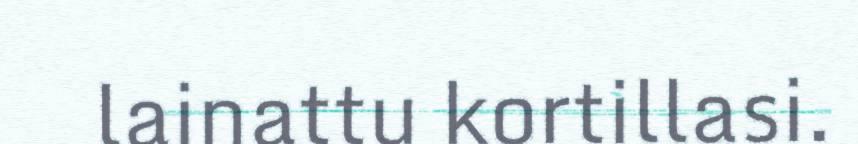
lainattu kortillasi.